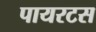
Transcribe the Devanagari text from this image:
पायरटस